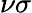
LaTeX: \nu\sigma